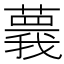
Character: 𦾒